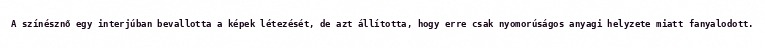
A színésznő egy interjúban bevallotta a képek létezését, de azt állította, hogy erre csak nyomorúságos anyagi helyzete miatt fanyalodott.